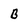
Character: B